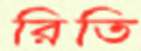
রিতি